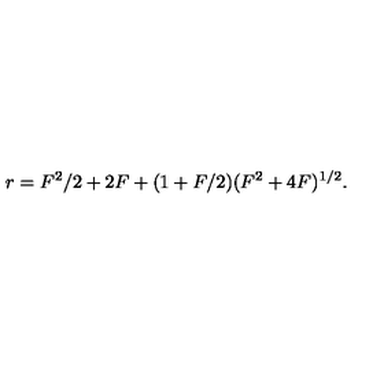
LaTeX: r = F ^ { 2 } / 2 + 2 F + ( 1 + F / 2 ) ( F ^ { 2 } + 4 F ) ^ { 1 / 2 } .